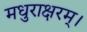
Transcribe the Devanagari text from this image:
मधुराक्षरम्‌।